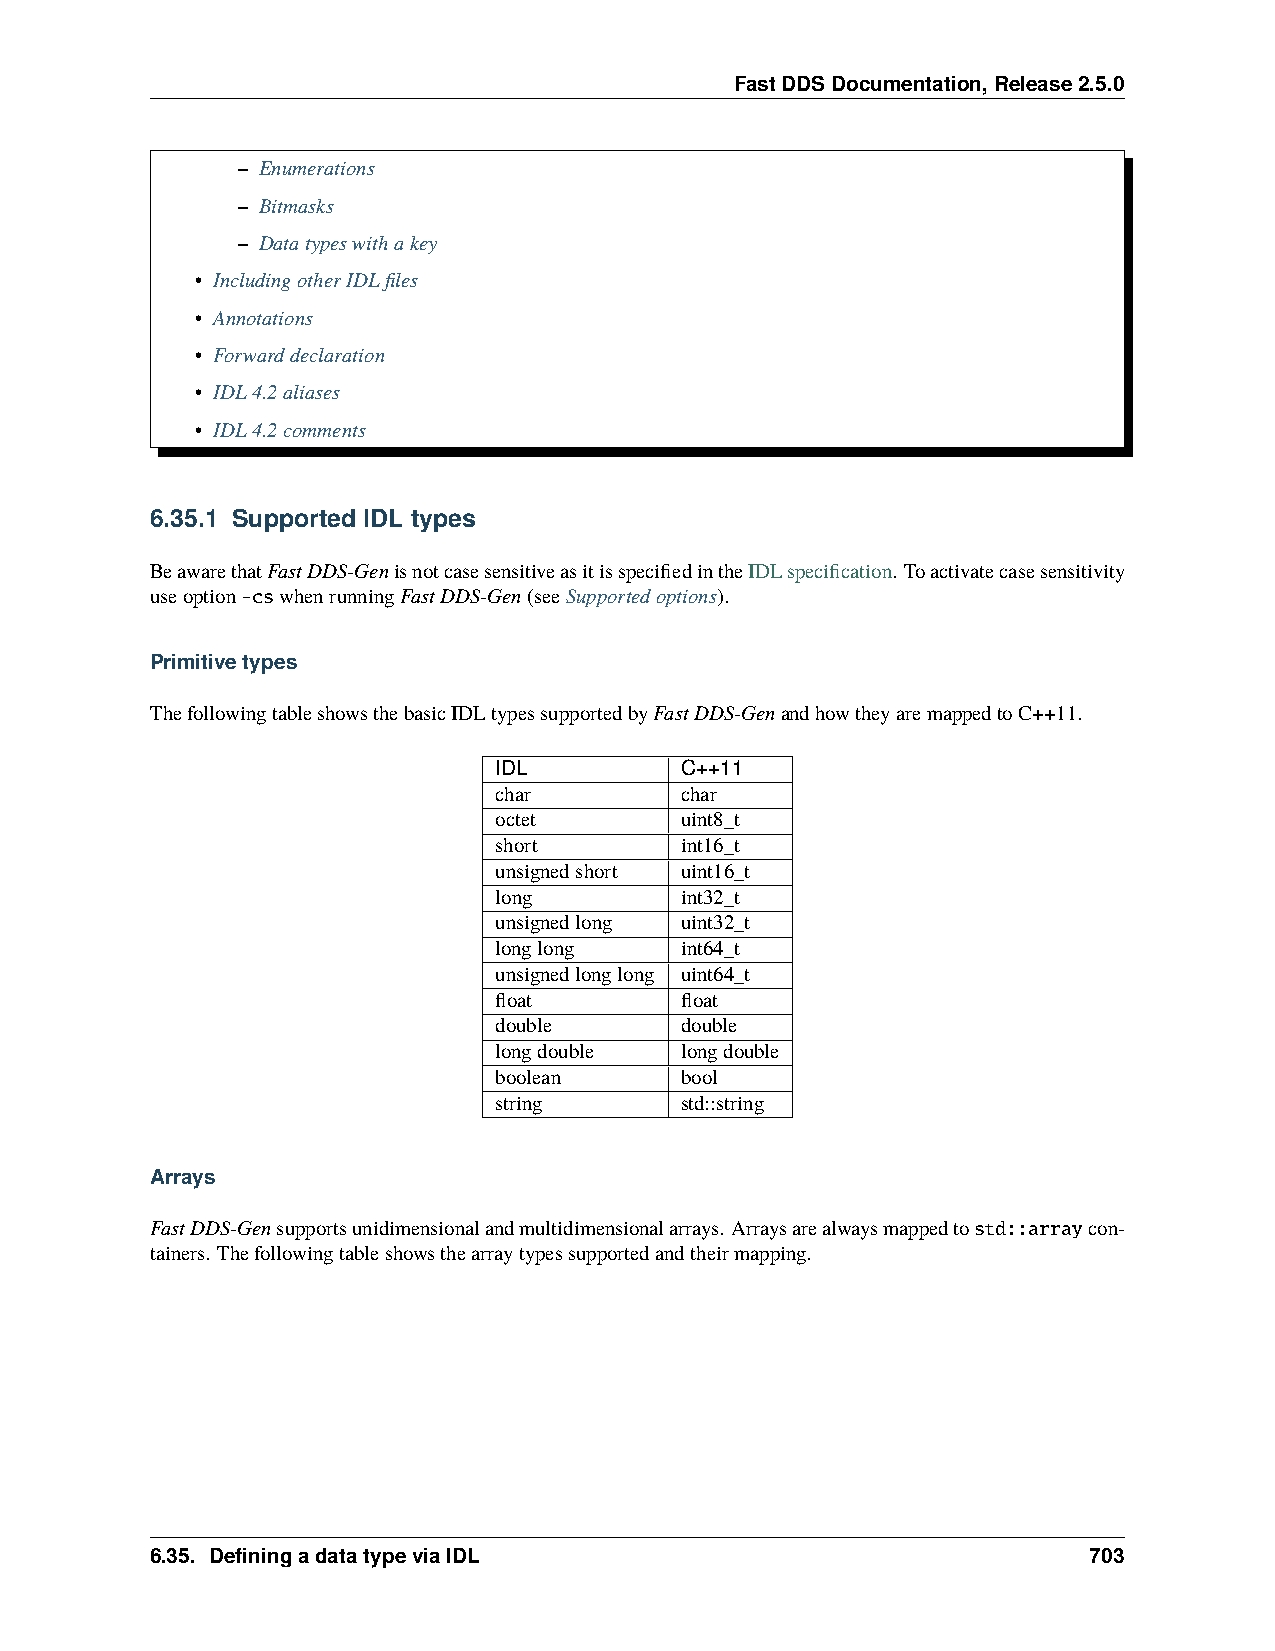
FastDDSDocumentation,Release2.5.0
 – Enumerations
 – Bitmasks
 – Datatypeswithakey
 • IncludingotherIDLfiles
 • Annotations
 • Forwarddeclaration
 • IDL4.2aliases
 • IDL4.2comments
 6.35.1 Supported IDL types
 BeawarethatFastDDS-GenisnotcasesensitiveasitisspecifiedintheIDLspecification. Toactivatecasesensitivity
 useoption-cswhenrunningFastDDS-Gen(seeSupportedoptions).
 Primitivetypes
 ThefollowingtableshowsthebasicIDLtypessupportedbyFastDDS-GenandhowtheyaremappedtoC++11.
 IDL         C++11
 char        char
 octet       uint8_t
 short       int16_t
 unsignedshort uint16_t
 long        int32_t
 unsignedlong uint32_t
 longlong    int64_t
 unsignedlonglong uint64_t
 float       float
 double      double
 longdouble  longdouble
 boolean     bool
 string      std::string
 Arrays
 FastDDS-Gensupportsunidimensionalandmultidimensionalarrays. Arraysarealwaysmappedtostd::arraycon-
 tainers. Thefollowingtableshowsthearraytypessupportedandtheirmapping.
 6.35. DefiningadatatypeviaIDL                                 703